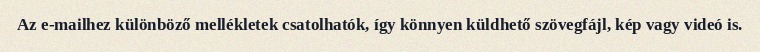
Az e-mailhez különböző mellékletek csatolhatók, így könnyen küldhető szövegfájl, kép vagy videó is.